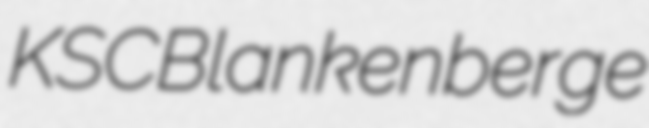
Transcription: KSC Blankenberge